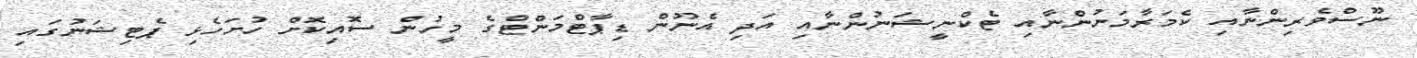
ނޫސްވެރިންނާއި ކެމަރާމަނުންނާއި ޓެކްނީޝަނުންނާއި އަދި އެނޫން ޑިޕާޓްމަންޓްގެ މީހުން ސޮއިކޮށް ހުށަހެޅި ޕެޓިޝަނުގައި